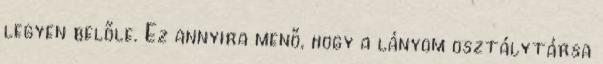
legyen belőle. Ez annyira menő, hogy a lányom osztálytársa